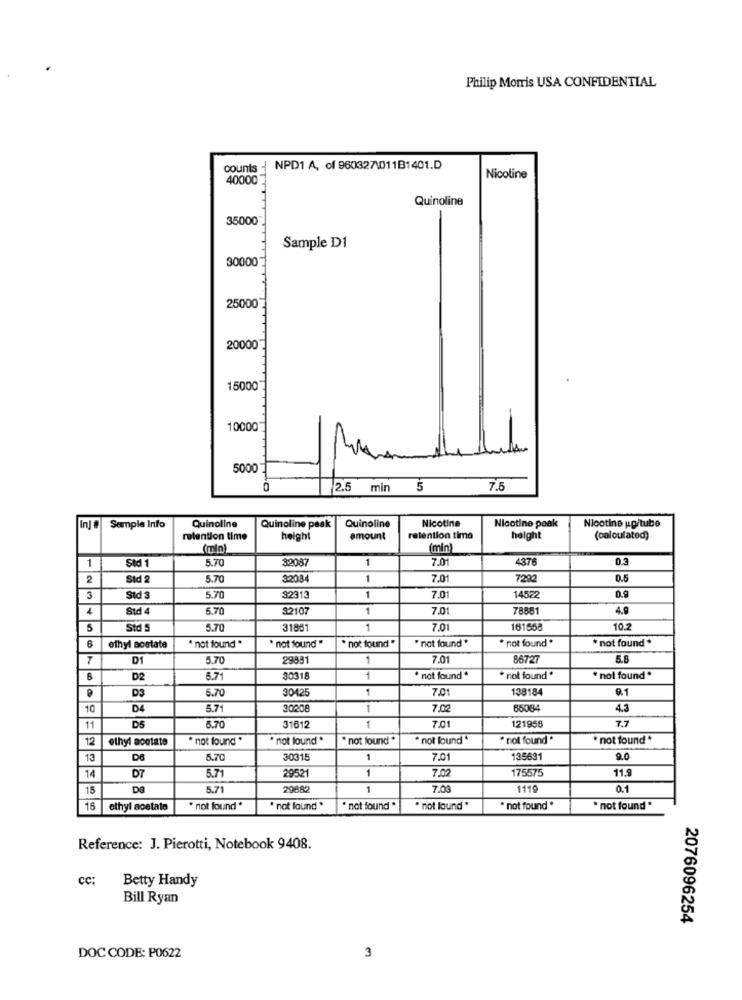
Philip Morris USA CONFIDENTIAL
counts
NPD1 A, of 960327\011B1401.D
40000
Nicoline
Quinoline
35000
Sample D1
30000
25000
200007
15000
10000
5000
0
2.5 min 5
7.5
Quinoline
Nicotine
In]
Sample Info
Quinoline peak
Quinoline
Nicotine peak
Nicotine upitube
retention time
height
amount
retention tima
height
(calculated)
(min
(min)
1
Std
5.70
32087
1
7.01
4376
0.3
2
Std 2
5.70
32034
1
7.01
7292
0.5
Std 3
5.70
32313
1
7.01
14522
0.9
Std4
5.70
3210
1
7.01
78881
4.9
5
Std
5.70
31881
1
7.01
161558
10.2
" not found "
" not found *
* not found *
* not found *
ethyl acetate
" not found "
not found "
D1
5.70
29881
1
7.01
86727
5.8
B
D2
5.71
30318
1
* not found *
* not found *
* not found *
D3
5.70
3042
1
7.01
138184
0.1
10
D4
5.71
30208
1
7.02
85084
4.3
7.7
11
D5
5.70
31612
1
7.01
121958
12
ethyl acetate
not found *
" not found *
not found *
* not found "
not found "
* not found *
13
5.70
30315
1
7.01
135631
20
14
5.71
29521
1
7.02
175575
11.9
D7
15
5.71
29882
1
7.03
1119
0.1
16
ethyl acetate
" not found"
· not found *
" not found "
" not lound *
* not found *
* not found *
Reference: J. Pierotti, Notebook 9408.
CC:
Betty Handy
Bill Ryan
2076096254
DOC CODE: P0622
3